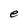
Character: e